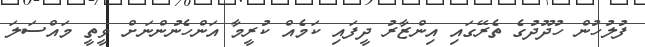
ފުލުހުން ހުދޫދުގެ ތެރޭގައި އިންޒާރު ދީފައި ކަމެއް ކުރީމާ އަންހެނުންނަށް ވީތީ މައްސަލަ